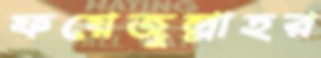
ফয়েজুল্লাহর